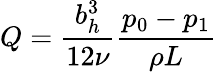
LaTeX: Q=\frac{b_{h}^{3}}{12\nu}\frac{p_{0}-p_{1}}{\rho L}